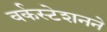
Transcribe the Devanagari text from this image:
वर्कस्टेशनने